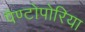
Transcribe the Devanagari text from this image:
पैण्टोपोरिया